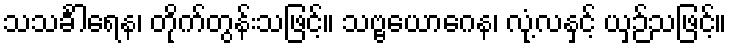
သသင်္ခါရေန၊ တိုက်တွန်းသဖြင့်။ သဗ္ဗယောဂေန၊ လုံ့လနှင့် ယှဉ်သဖြင့်။